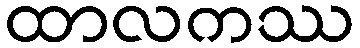
ထာလကဿ